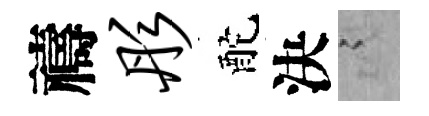
禱彤酡決謭